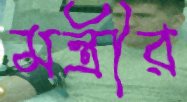
মন্ত্রীর